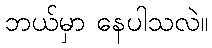
ဘယ်မှာ နေပါသလဲ။